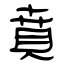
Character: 賁